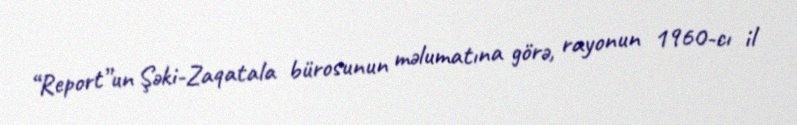
“Report”un Şəki-Zaqatala bürosunun məlumatına görə, rayonun 1960-cı il